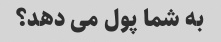
به شما پول می دهد؟